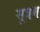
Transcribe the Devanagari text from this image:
सूत्रम